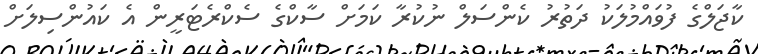
ކާޖަލްގެ ފުވައްމުލަކު ދަތުރު ކެންސަލް ނުކުރާ ކަމަށް ސާކްގެ ސެކްރެޓަރީން އެ ކައުންސިލަށް